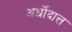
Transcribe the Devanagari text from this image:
अर्धोदात्त